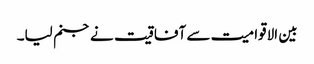
بین الاقوامیت سے آفاقیت نے جنم لیا۔